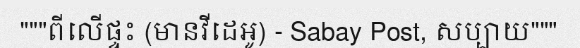
"""ពីលើផ្ទះ (មានវីដេអូ) - Sabay Post, សប្បាយ"""